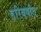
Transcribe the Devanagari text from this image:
हरिवर्षात्